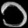
Digit: ၁